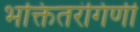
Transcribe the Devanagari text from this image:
भक्तितरंगिणी